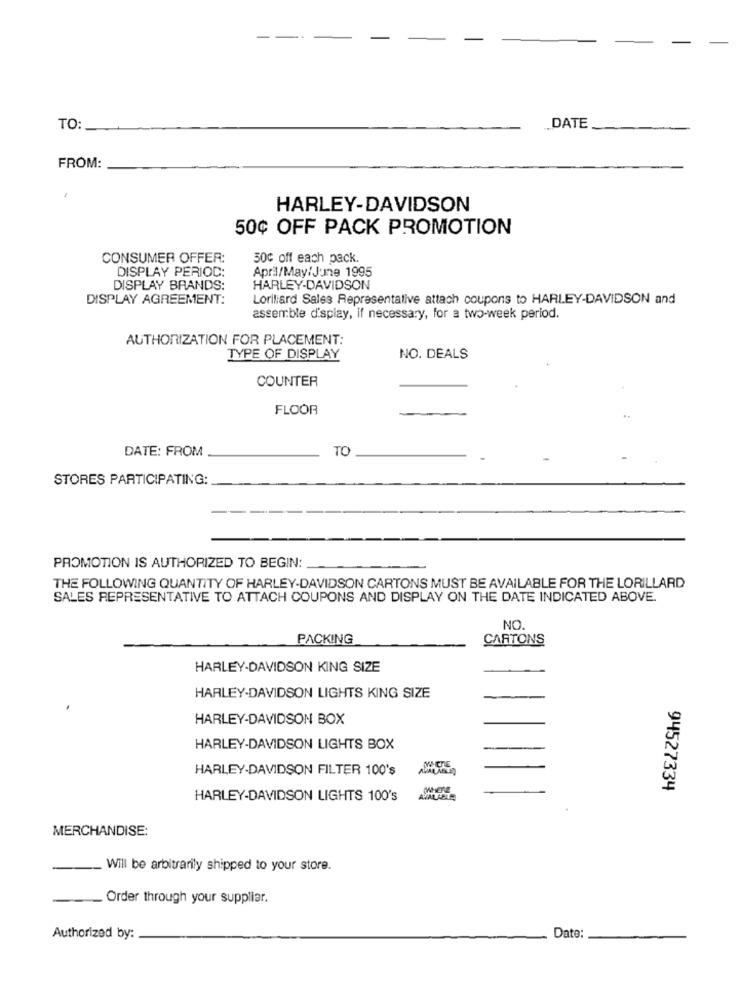
-
TO:
DATE
FROM:
HARLEY-DAVIDSON
50¢ OFF PACK PROMOTION
CONSUMER OFFER:
50c off each pack.
DISPLAY PERIOD:
April/May/June 1995
DISPLAY BRANDS:
HARLEY-DAVIDSON
DISPLAY AGREEMENT:
Loriliard Sales Representative attach coupons to HARLEY-DAVIDSON and
assemble display, if necessary, for a two-week period.
AUTHORIZATION FOR PLACEMENT:
TYPE OF DISPLAY
NO. DEALS
COUNTER
FLOOR
DATE: FROM
TO
STORES PARTICIPATING:
PROMOTION IS AUTHORIZED TO BEGIN:
THE FOLLOWING QUANTITY OF HARLEY-DAVIDSON CARTONS MUST BE AVAILABLE FOR THE LORILLARD
SALES REPRESENTATIVE TO ATTACH COUPONS AND DISPLAY ON THE DATE INDICATED ABOVE.
NO.
PACKING
CARTONS
HARLEY-DAVIDSON KING SIZE
HARLEY-DAVIDSON LIGHTS KING SIZE
HARLEY-DAVIDSON BOX
HARLEY-DAVIDSON LIGHTS BOX
HARLEY-DAVIDSON FILTER 100's
94527334
HARLEY-DAVIDSON LIGHTS 100's
MERCHANDISE:
-
_ Will be arbitrarily shipped to your store.
_ Order through your supplier.
Authorized by:
Date: